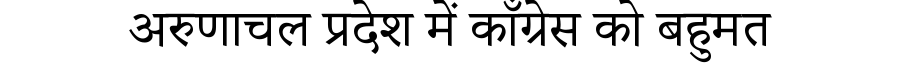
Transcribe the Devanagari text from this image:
अरुणाचल प्रदेश में काँग्रेस को बहुमत